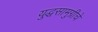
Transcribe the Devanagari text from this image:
युद्धसामुग्रीचे